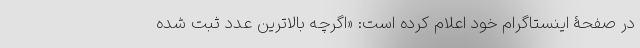
در صفحۀ اینستاگرام خود اعلام کرده است: «اگرچه بالاترین عدد ثبت شده